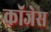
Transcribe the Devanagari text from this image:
कॉजेस